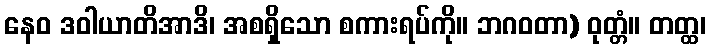
နေဝ ဒဝါယာတိအာဒိ၊ အစရှိသော စကားရပ်ကို။ ဘဂဝတာ) ဝုတ္တံ။ တတ္ထ၊